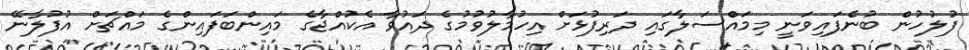
ފުލުހުން ބުނެފައިވަނީ މިމައްސަލާގައި ދަރިފުޅަށް އިހުމާލުވުމުގެ ދައުވާ އެކުއްޖާގެ މައިންބަފައިންގެ މައްޗަށް އުފުލާނޭ